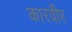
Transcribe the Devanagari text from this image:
कारवीर